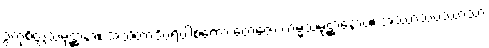
ဥတုစိတ္တသမုဋ္ဌာနာ။ အသိတာဒိပရိပါစကော တေဇော ကမ္မသမုဋ္ဌာနောဝ။ အဿာသပဿာသာ